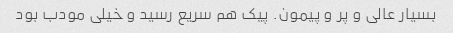
بسیار عالی و پر و پیمون. پیک هم سریع رسید و خیلی مودب بود